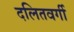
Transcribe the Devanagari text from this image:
दलितवर्गी